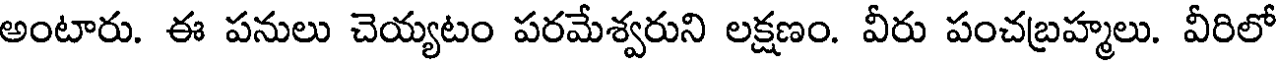
అంటారు. ఈ పనులు చెయ్యటం పరమేశ్వరుని లక్షణం. వీరు పంచబ్రహ్మలు. వీరిలో